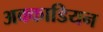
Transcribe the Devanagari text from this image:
अक्काडियन